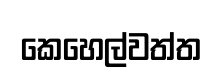
කෙහෙල්වත්ත